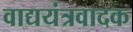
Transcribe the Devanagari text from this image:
वाद्ययंत्रवादक